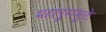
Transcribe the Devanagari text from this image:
महापुरामुळे